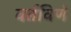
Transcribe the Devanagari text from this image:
वर्तविणे